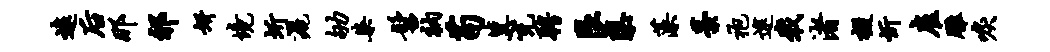
远後那祁妍境圻洒劬染髫衲苟冀充聘艮隳藻藁袍逮戢渚掇忻雇雕唳